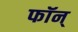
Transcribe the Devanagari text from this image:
फॉन्